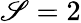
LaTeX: \mathscr{S}=2